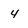
Character: 4